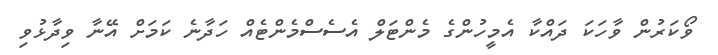
ވޯކަރުން ވާހަކަ ދައްކާ އެމީހުންގެ މެންޓަލް އެސެސްމެންޓެއް ހަދާނެ ކަމަށް އޭނާ ވިދާޅުވި